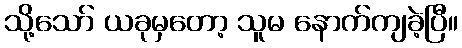
သို့သော် ယခုမှတော့ သူမ နောက်ကျခဲ့ပြီ။